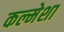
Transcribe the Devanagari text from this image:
कल्मेशा